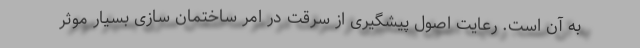
به آن است. رعایت اصول پیشگیری از سرقت در امر ساختمان سازی بسیار موثر